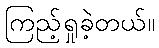
ကြည့်ရှုခဲ့တယ်။